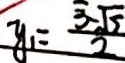
y = \frac { 3 \sqrt { 5 } } { 2 }